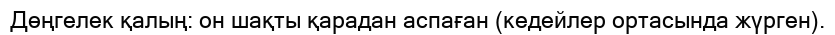
Дөңгелек қалың: он шақты қарадан аспаған (кедейлер ортасында жүрген).